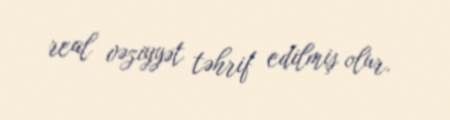
real vəziyyət təhrif edilmiş olur.